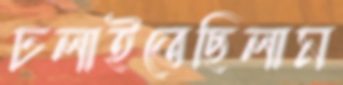
ঢলাইতেছিলাম